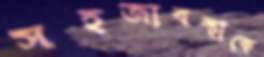
সহজাবস্থাকে